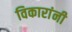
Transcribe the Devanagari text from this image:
विकारांनी